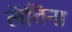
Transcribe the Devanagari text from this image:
लॅतिना